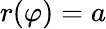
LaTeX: r(\varphi)=a